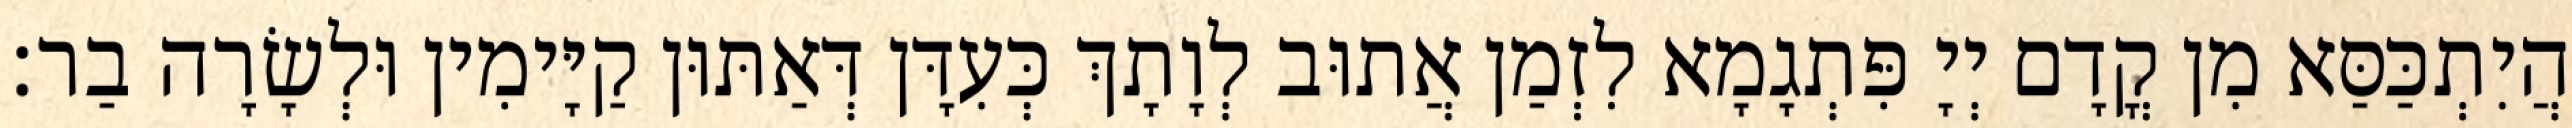
הֲיִתְכַּסַּא מִן קֳדָם יְיָ פִּתְגָמָא לִזְמַן אֲתוּב לְוָתָךְ כְּעִדָּן דְּאַתּוּן קַיָּימִין וּלְשָׂרָה בַר׃